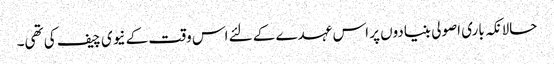
حالانکہ باری اصولی بنیادوں پر اس عہدے کے لئے اس وقت کے نیوی چیف کی تھی۔